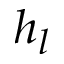
h _ { l }